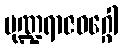
မုဏ္ဍရာဇဝဂ္ဂေါ